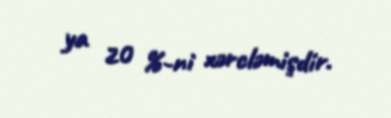
ya 20 %-ni xərcləmişdir.